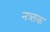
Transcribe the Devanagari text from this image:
नत्र्तक